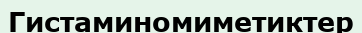
Гистаминомиметиктер